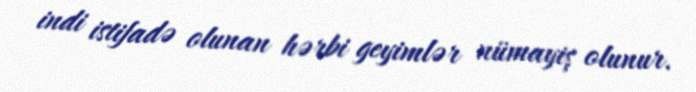
indi istifadə olunan hərbi geyimlər nümayiş olunur.